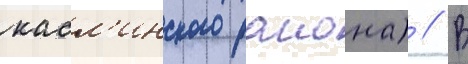
касл'инского раиона) // В